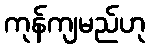
ကုန်ကျမည်ဟု